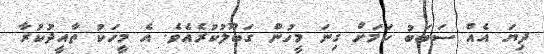
ދިޔަ އެއް ސަބަބު ކަމަށް ގިނަ މީހުން ގަބޫލުކުރެއެވެ. އެ މީހަކު ތާއީދުކުރާ